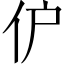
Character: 𬽬